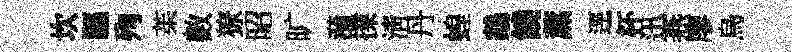
坎驅殉茱數獠昭旷漪擈淸丹蝗鵡饒薰逕杯迅燕廖烏